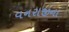
વનરાજીના